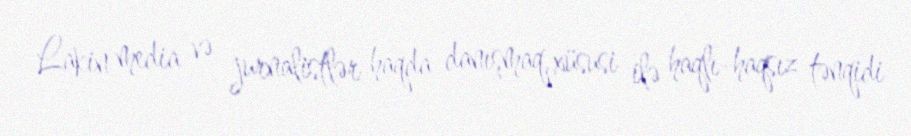
Lakin media və jurnalistlər haqda danışmaq, xüsusi ilə haqlı-haqsız tənqidi